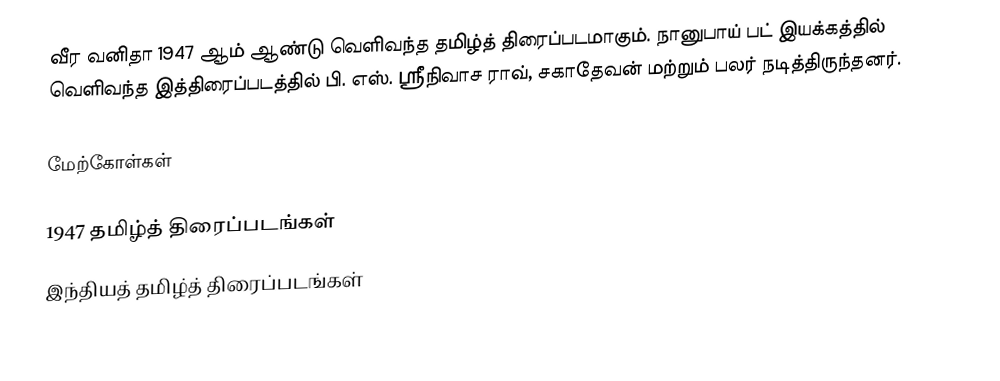
வீர வனிதா 1947 ஆம் ஆண்டு வெளிவந்த தமிழ்த் திரைப்படமாகும். நானுபாய் பட் இயக்கத்தில் வெளிவந்த இத்திரைப்படத்தில் பி. எஸ். ஸ்ரீநிவாச ராவ், சகாதேவன் மற்றும் பலர் நடித்திருந்தனர்.

மேற்கோள்கள்

1947 தமிழ்த் திரைப்படங்கள்
இந்தியத் தமிழ்த் திரைப்படங்கள்